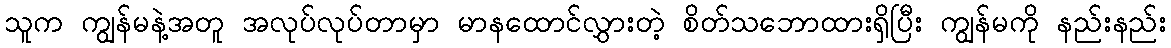
သူက ကျွန်မနဲ့အတူ အလုပ်လုပ်တာမှာ မာနထောင်လွှားတဲ့ စိတ်သဘောထားရှိပြီး ကျွန်မကို နည်းနည်း